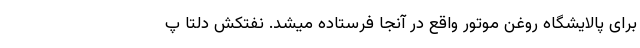
برای پالایشگاه روغن موتور واقع در آنجا فرستاده میشد. نفتکش دلتا پ